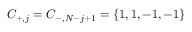
C _ { + , j } = C _ { - , N - j + 1 } = \{ 1 , 1 , - 1 , - 1 \}